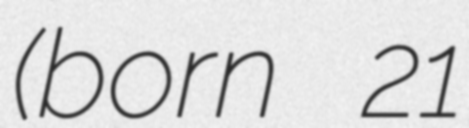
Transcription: (born 21